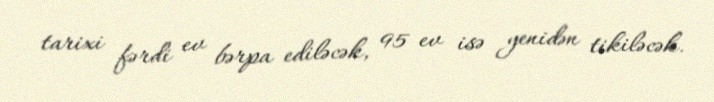
tarixi fərdi ev bərpa ediləcək, 95 ev isə yenidən tikiləcək.